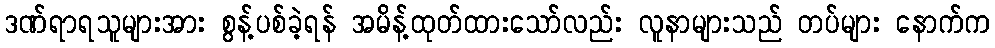
ဒဏ်ရာရသူများအား စွန့်ပစ်ခဲ့ရန် အမိန့်ထုတ်ထားသော်လည်း လူနာများသည် တပ်များ နောက်က